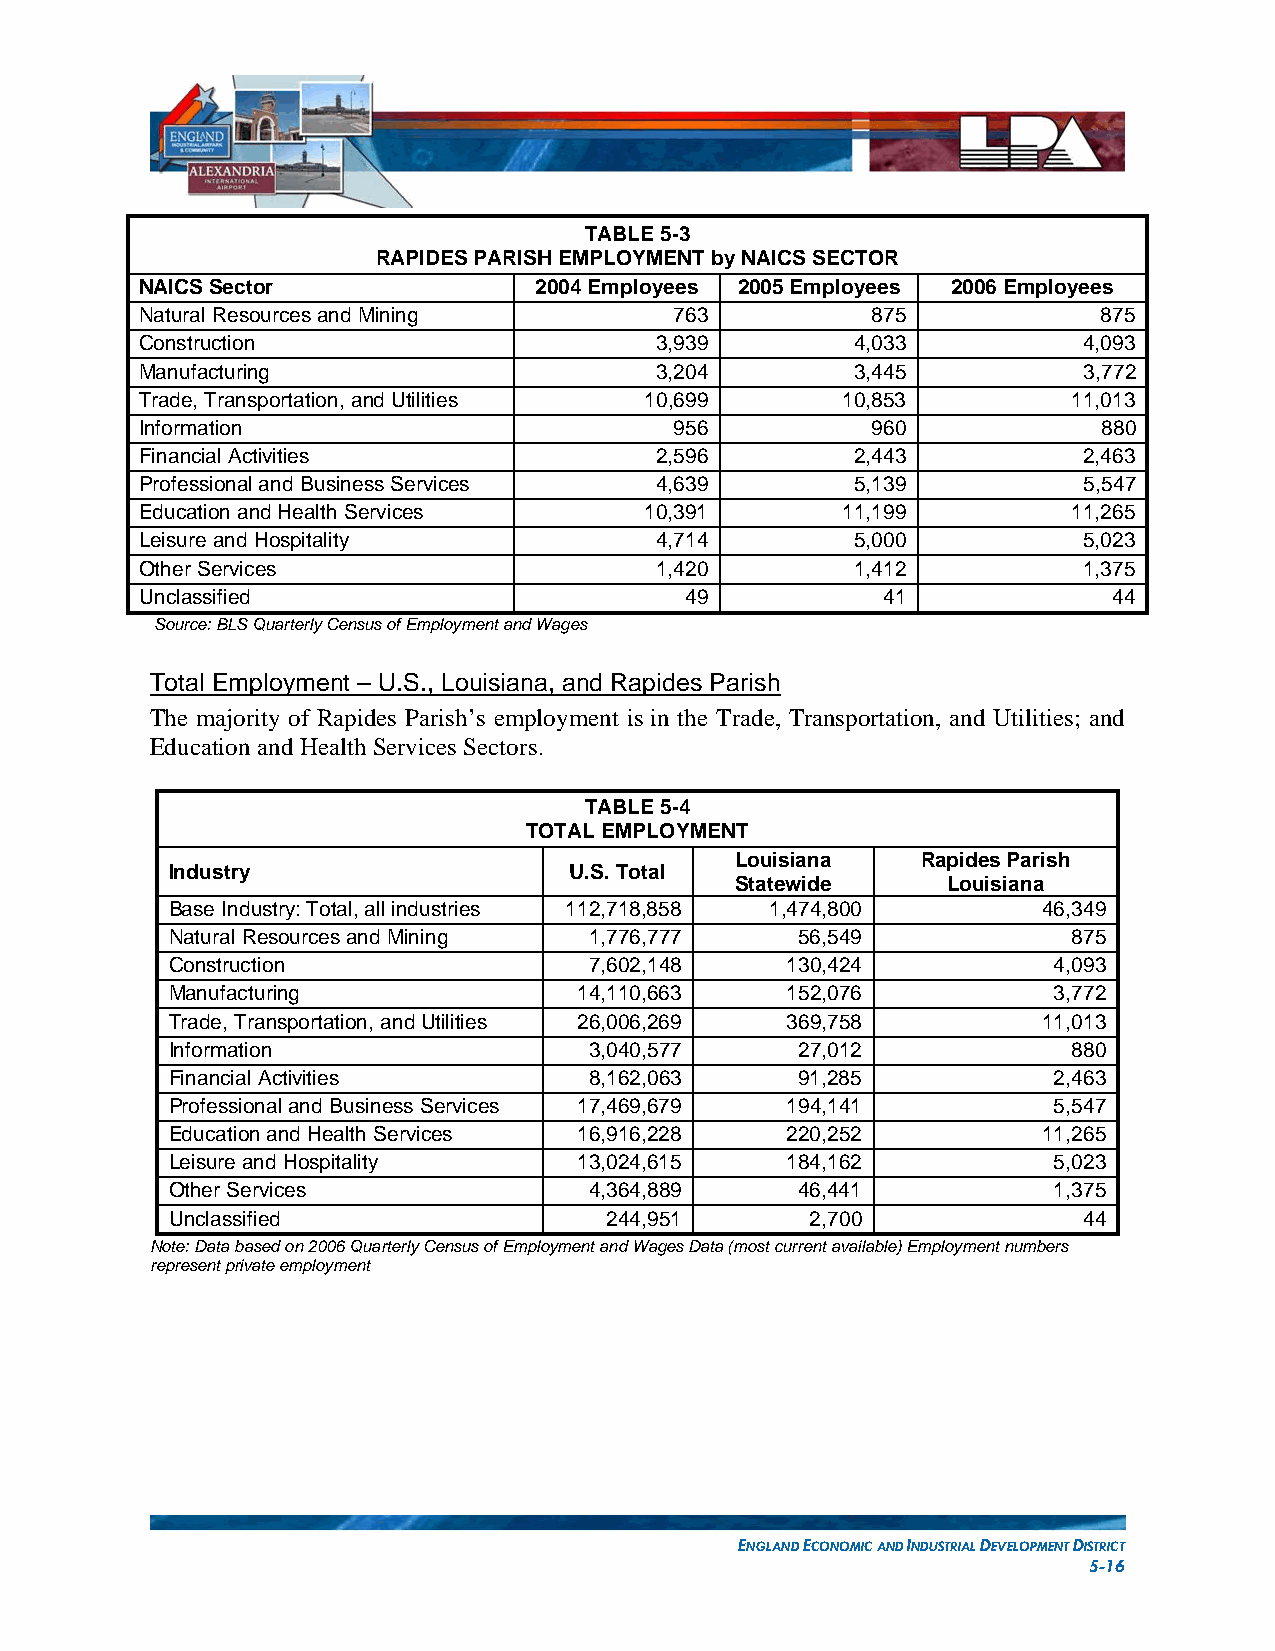
TABLE 5-3
 RAPIDES PARISH EMPLOYMENT by NAICS SECTOR
 NAICS Sector              2004 Employees 2005 Employees 2006 Employees
 Natural Resources and Mining        763          875            875
 Construction                      3,939         4,033          4,093
 Manufacturing                     3,204         3,445          3,772
 Trade, Transportation, and Utilities 10,699    10,853         11,013
 Information                         956          960            880
 Financial Activities              2,596         2,443          2,463
 Professional and Business Services 4,639        5,139          5,547
 Education and Health Services     10,391       11,199         11,265
 Leisure and Hospitality           4,714         5,000          5,023
 Other Services                    1,420         1,412          1,375
 Unclassified                        49            41             44
 Source: BLS Quarterly Census of Employment and Wages
 Total Employment – U.S., Louisiana, and Rapides Parish
 The majority of Rapides Parish’s employment is in the Trade, Transportation, and Utilities; and
 Education and Health Services Sectors.
 TABLE 5-4
 TOTAL EMPLOYMENT
 Louisiana   Rapides Parish
 Industry                   U.S. Total
 Statewide     Louisiana
 Base Industry: Total, all industries 112,718,858 1,474,800 46,349
 Natural Resources and Mining 1,776,777    56,549            875
 Construction                7,602,148    130,424           4,093
 Manufacturing              14,110,663    152,076           3,772
 Trade, Transportation, and Utilities 26,006,269 369,758   11,013
 Information                 3,040,577     27,012            880
 Financial Activities        8,162,063     91,285           2,463
 Professional and Business Services 17,469,679 194,141      5,547
 Education and Health Services 16,916,228 220,252          11,265
 Leisure and Hospitality    13,024,615    184,162           5,023
 Other Services              4,364,889     46,441           1,375
 Unclassified                 244,951       2,700             44
 Note: Data based on 2006 Quarterly Census of Employment and Wages Data (most current available) Employment numbers
 represent private employment
 ENGLAND ECONOMIC AND INDUSTRIAL DEVELOPMENT DISTRICT
 5-16